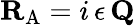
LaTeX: {\mathbf{R}}_{\mathrm{A}}=i\, \epsilon\, {\mathbf{Q}}